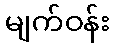
မျက်ဝန်း